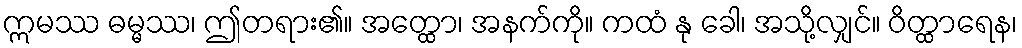
ဣမဿ ဓမ္မဿ၊ ဤတရား၏။ အတ္ထော၊ အနက်ကို။ ကထံ နု ခေါ၊ အသို့လျှင်။ ဝိတ္ထာရေန၊